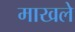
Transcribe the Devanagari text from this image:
माखले